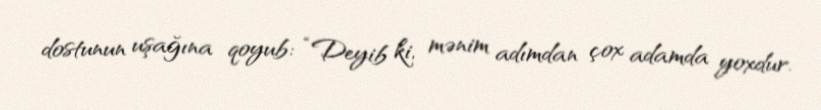
dostunun uşağına qoyub: “Deyib ki, mənim adımdan çox adamda yoxdur.